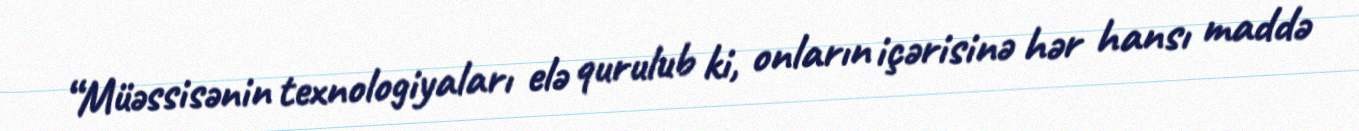
“Müəssisənin texnologiyaları elə qurulub ki, onların içərisinə hər hansı maddə